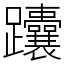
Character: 𬧟